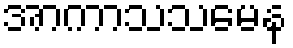
အာကာသသမေန